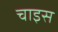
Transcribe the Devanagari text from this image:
चाइस